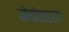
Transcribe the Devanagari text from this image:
मेघंकरात